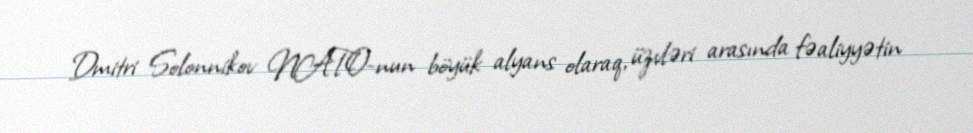
Dmitri Solonnikov NATO-nun böyük alyans olaraq, üzvləri arasında fəaliyyətin